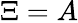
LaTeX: \Xi=A